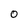
Character: 0